Punjab Mental Hospital Lahore 1932-46 - 1932-1946
Year: 1932
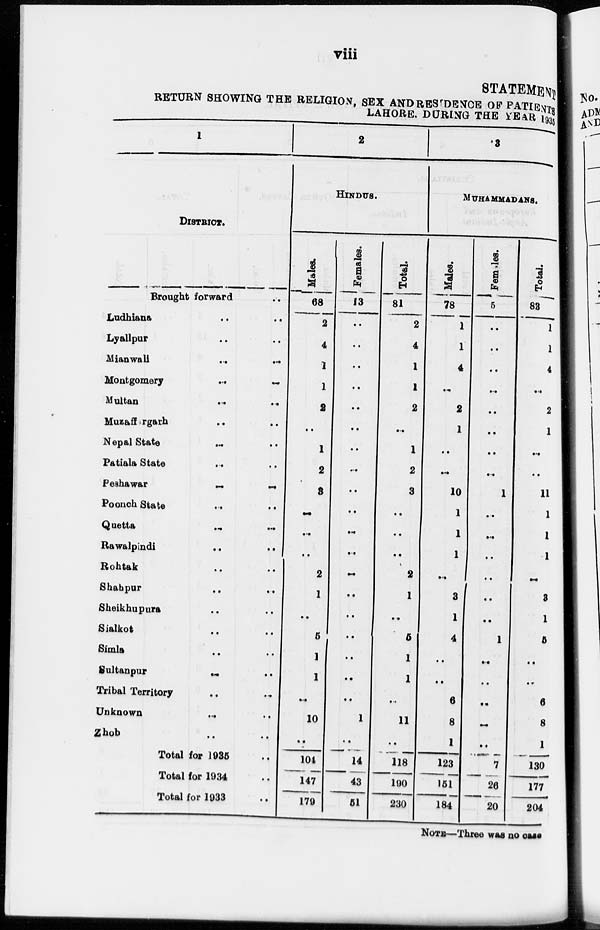
viii
STATEMENT
RETURN SHOWING THE RELIGION, SEX AND RESIDENCE OF PATIENTS
LAHORE, DURING THE YEAR 1935
1
DISTRICT.
Brought forward ..
Ludhiana .. ..
Lyallpur .. ..
Mian wall
..
..
Montgomery
..
..
Multan
..
..
Muzaffigarh .. ..
Nepal State .. ..
Patiala State .. ..
Peshawar
..
..
Poonch State
..
..
Quetta
..
..
Rawalpindi
..
..
Rohtak .. ..
Shahpur .. ..
Sheikhupura .. ..
Sialkot .. ..
Simla .. ..
Sultanpur
..
..
Tribal Territory .. ..
Unknown
..
..
Zhob
..
..
Total for 1935 ..
Total for 1934 ..
Total for 1933 ..
2
HINDUS.
Males.
68
2
4
1
1
2
..
1
2
3
..
..
..
2
1
..
5
1
1
..
10
..
104
147
179
Females.
13
..
..
..
..
..
..
..
..
..
..
..
..
..
..
..
..
..
..
..
1
..
14
43
51
Total.
81
2
4
1
1
2
..
1
2
3
..
..
..
2
1
..
5
1
1
..
11
..
118
190
230
3
MUHAMMADANS.
Males.
78
1
1
4
..
2
1
..
..
10
1
1
1
..
3
1
4
..
..
6
8
1
123
151
184
Females.
5
..
..
..
..
..
..
..
..
1
..
..
..
..
..
..
1
..
..
..
..
..
7
26
20
Total.
83
1
1
4
..
2
1
..
..
11
1
1
1
..
3
1
5
..
..
6
8
1
130
177
204
NOTE—Three was no case